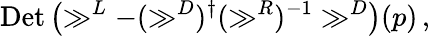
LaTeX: \mathrm{Det}\left(\gg^{L}-(\gg^{D})^{\dagger}(\gg^{R})^{-1}\gg^{D}\right)(p)\, ,